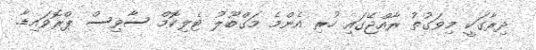
ދިރާގަކީ މިވަގުތު ރާއްޖޭގައި ހުރި އެންމެ މަގްބޫލު ޓެލިކޮމް ސާވިސް ޕްރޮވައިޑާ.